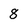
Character: 8